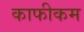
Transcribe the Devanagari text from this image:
काफीकम